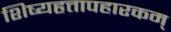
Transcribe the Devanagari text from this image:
शिष्यहृत्तापहारकम्